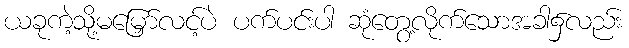
ယခုကဲ့သို့မမြှော်လင့်ပဲ ပက်ပင်းပါ ဆုံတွေ့လိုက်သောအခါ၌လည်း